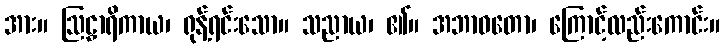
အား။ ဩဠှာရိကာယ၊ ရုန့်ရင်းသော။ သညာယ၊ ၏။ အဘာဝတော၊ ကြောင့်လည်းကောင်း။